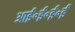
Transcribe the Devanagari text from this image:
आई॰ई॰ई॰ई